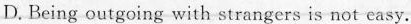
D. Being outgoing with strangers is not casy.